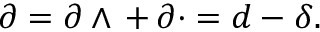
\partial = \partial \wedge \, + \, \partial \cdot = d - \delta .